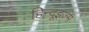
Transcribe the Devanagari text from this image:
हिन्दूइज़्म